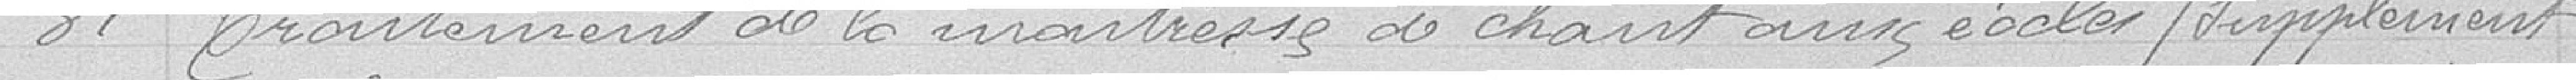
31 Traitement de la maitresse de Chaintams éocles / supplément